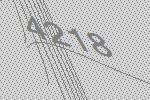
4218